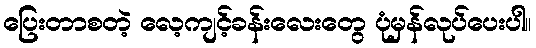
ပြေးတာစတဲ့ လေ့ကျင့်ခန်းလေးတွေ ပုံမှန်လုပ်ပေးပါ။